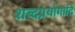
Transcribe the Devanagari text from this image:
शब्दप्रयोगादि